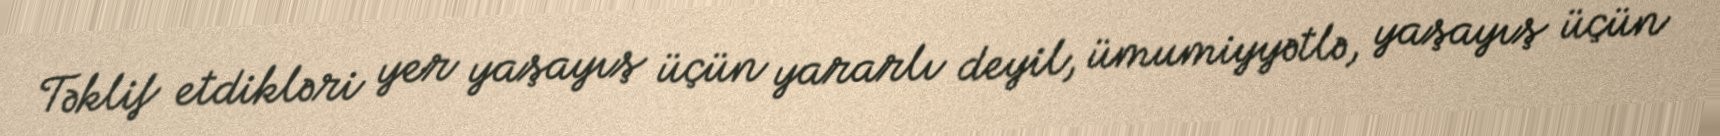
Təklif etdikləri yer yaşayış üçün yararlı deyil, ümumiyyətlə, yaşayış üçün